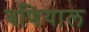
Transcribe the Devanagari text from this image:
बणियाल